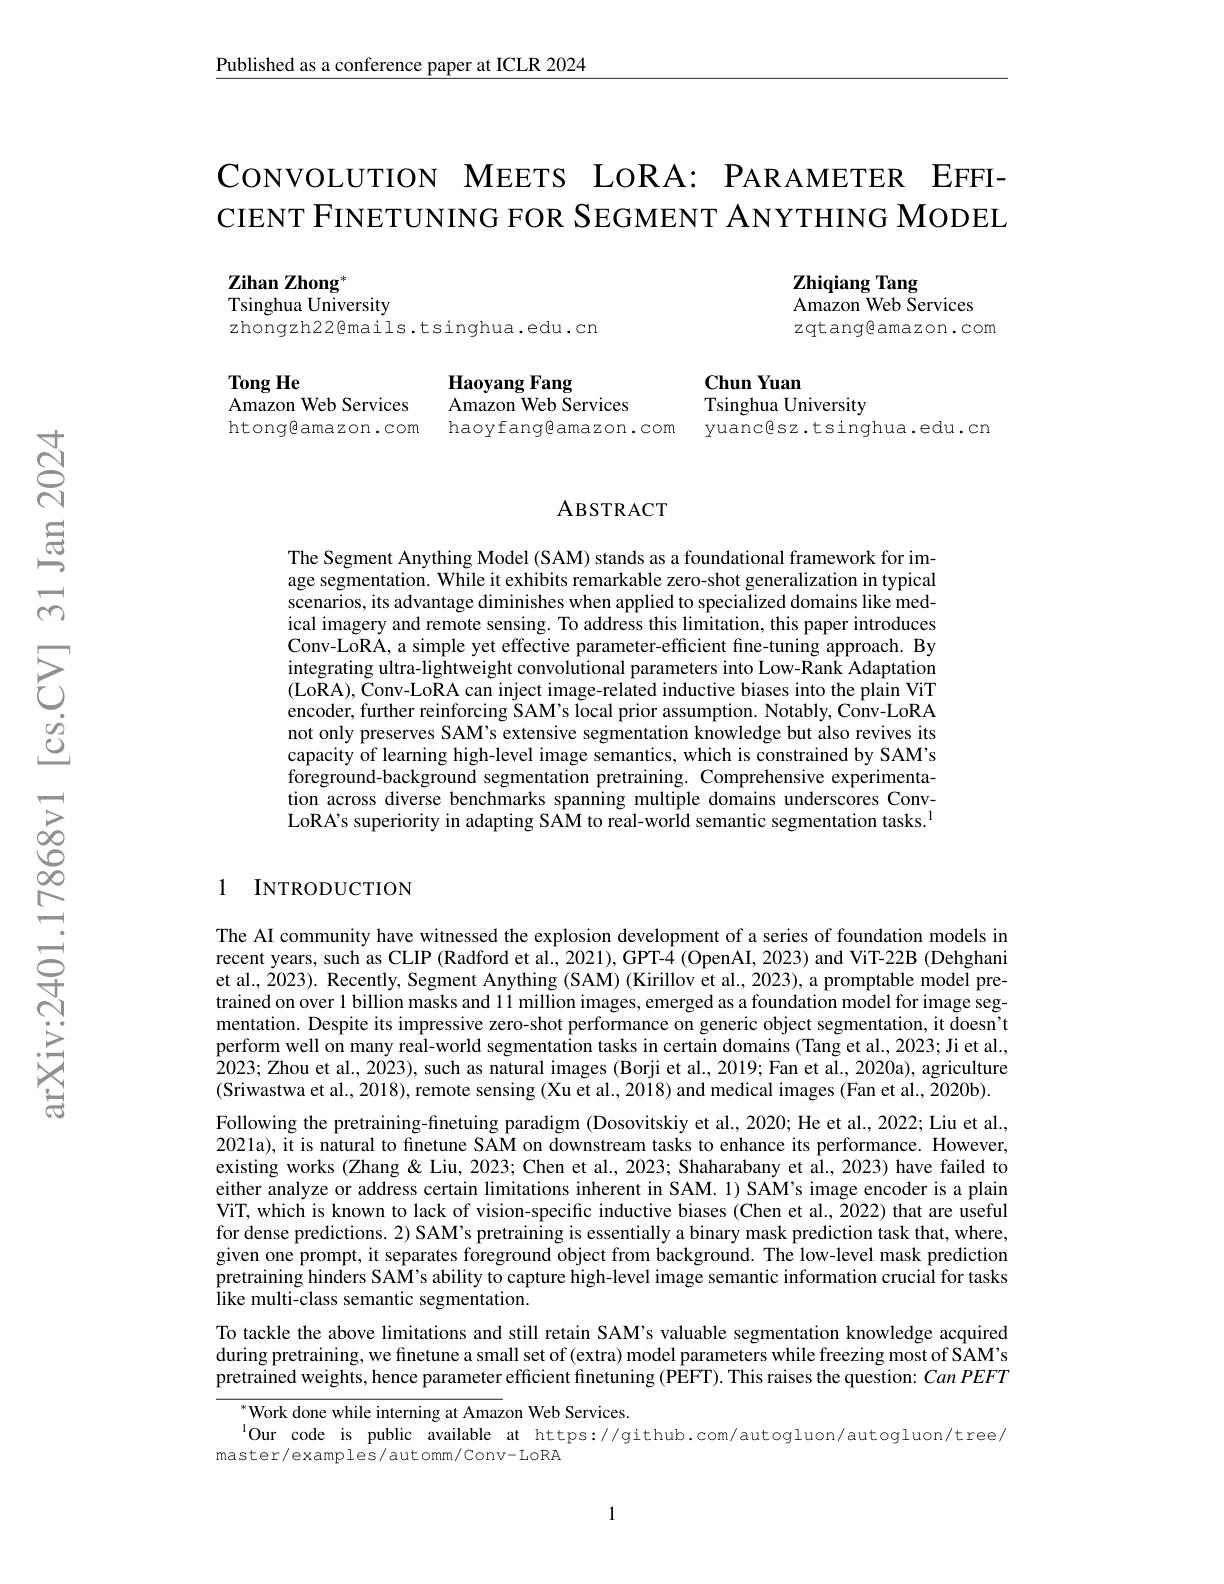
Published as a conference paper at ICLR 2024

CONVOLUTION MEETS LORA: PARAMETER EFFICIENT FINETUNING FOR SEGMENT ANYTHING MODEL

Zhiqiang Tang
Amazon Web Services
zqtang@amazon.com

Zihan Zhong*
Tsinghua University
zhongzh22@mails.tsinghua.edu.cn

Tong He
Amazon Web Services htongeamazon.com

Haoyang Fang
Amazon Web Services
haoyfangeamazon.com yuancêsz.tsinghua.edu.cn

Chun Yuan
Tsinghua University

### ABSTRACT

The Segment Anything Model (SAM) stands as a foundational framework for image segmentation. While it exhibits remarkable zero-shot generalization in typical scenarios, its advantage diminishes when applied to specialized domains like medical imagery and remote sensing. To address this limitation, this paper introduces Conv-LoRA, a simple yet effective parameter-efficient fine-tuning approach. By integrating ultra-lightweight convolutional parameters into Low-Rank Adaptation (Lo$\tilde{\mathrm{RA}}),\tilde{\mathrm{Conv-LoRA~can~inject~image-related~inductive~biases~into~the~plain~ViT}}$ encoder, further reinforcing SAM's local prior assumption. Notably, Conv-LoRA not only preserves SAM's extensive segmentation knowledge but also revives its capacity of learning high-level image semantics, which is constrained by SAM's foreground-background segmentation pretraining. Comprehensive experimentation across diverse benchmarks spanning multiple domains underscores ConvLoRA's superiority in adapting SAM to real-world semantic segmentation tasks.$^{1}$

## 1 INTRODUCTION

The AI community have witnessed the explosion development of a series of foundation models in recent years, such as CLIP (Radford et al., 2021), GPT-4 (OpenAI, 2023) and ViT-22B (Dehghani et al., 2023). Recently, Segment Anything (SAM) (Kirillov et al., 2023), a promptable model pretrained on over 1 billion masks and 11 million images, emerged as a foundation model for image segmentation. Despite its impressive zero-shot performance on generic object segmentation, it doesn't perform well on many real-world segmentation tasks in certain domains (Tang et al., 2023; Ji et al., 2023; Zhou et al., 2023), such as natural images (Borji et al., 2019; Fan et al., 2020a), agriculture (Sriwastwa et al., 2018), remote sensing (Xu et al., 2018) and medical images (Fan et al., 2020b). Following the pretraining-finetuing paradigm (Dosovitskiy et al., 2020; He et al., 2022; Liu et al., 2021a), it is natural to finetune SAM on downstream tasks to enhance its performance. However, existing works (Zhang&Liu, 2023; Chen et al., 2023; Shaharabany et al., 2023) have failed to either analyze or address certain limitations inherent in SAM. 1) SAM's image encoder is a plain ViT, which is known to lack of vision-specific inductive biases (Chen et al., 2022) that are useful for dense predictions. 2) SAM's pretraining is essentially a binary mask prediction task that, where, given one prompt, it separates foreground object from background. The low-level mask prediction pretraining hinders SAM's ability to capture high-level image semantic information crucial for tasks like multi-class semantic segmentation.

To tackle the above limitations and still retain SAM's valuable segmentation knowledge acquired during pretraining, we finetune a small set of (extra) model parameters while freezing most of SAM's pretrained weights, hence parameter efficient finetuning (PÊFT). This raises the question: CanPEFT

Work done while interning at Amazon Web Services.
lOur code is public available at https://github.com/autogluon/autogluon/tree/
master/examples/automm/conv-LoRA

1